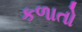
કળાતો